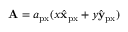
\mathbf { A } = a _ { \mathrm { p x } } ( x \hat { \mathbf { x } } _ { \mathrm { p x } } + y \hat { \mathbf { y } } _ { \mathrm { p x } } )